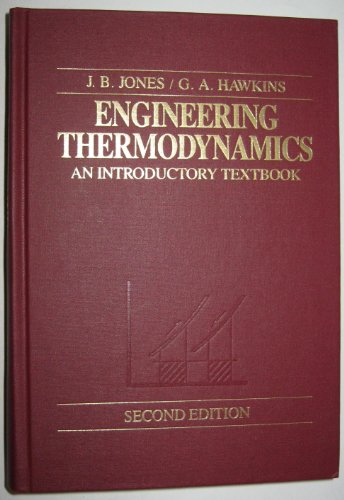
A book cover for Engineering Thermodynamics: An Introductory Textbook; J.B. Jones; Science & Math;